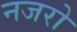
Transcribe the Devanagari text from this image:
नजरो